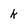
Character: k